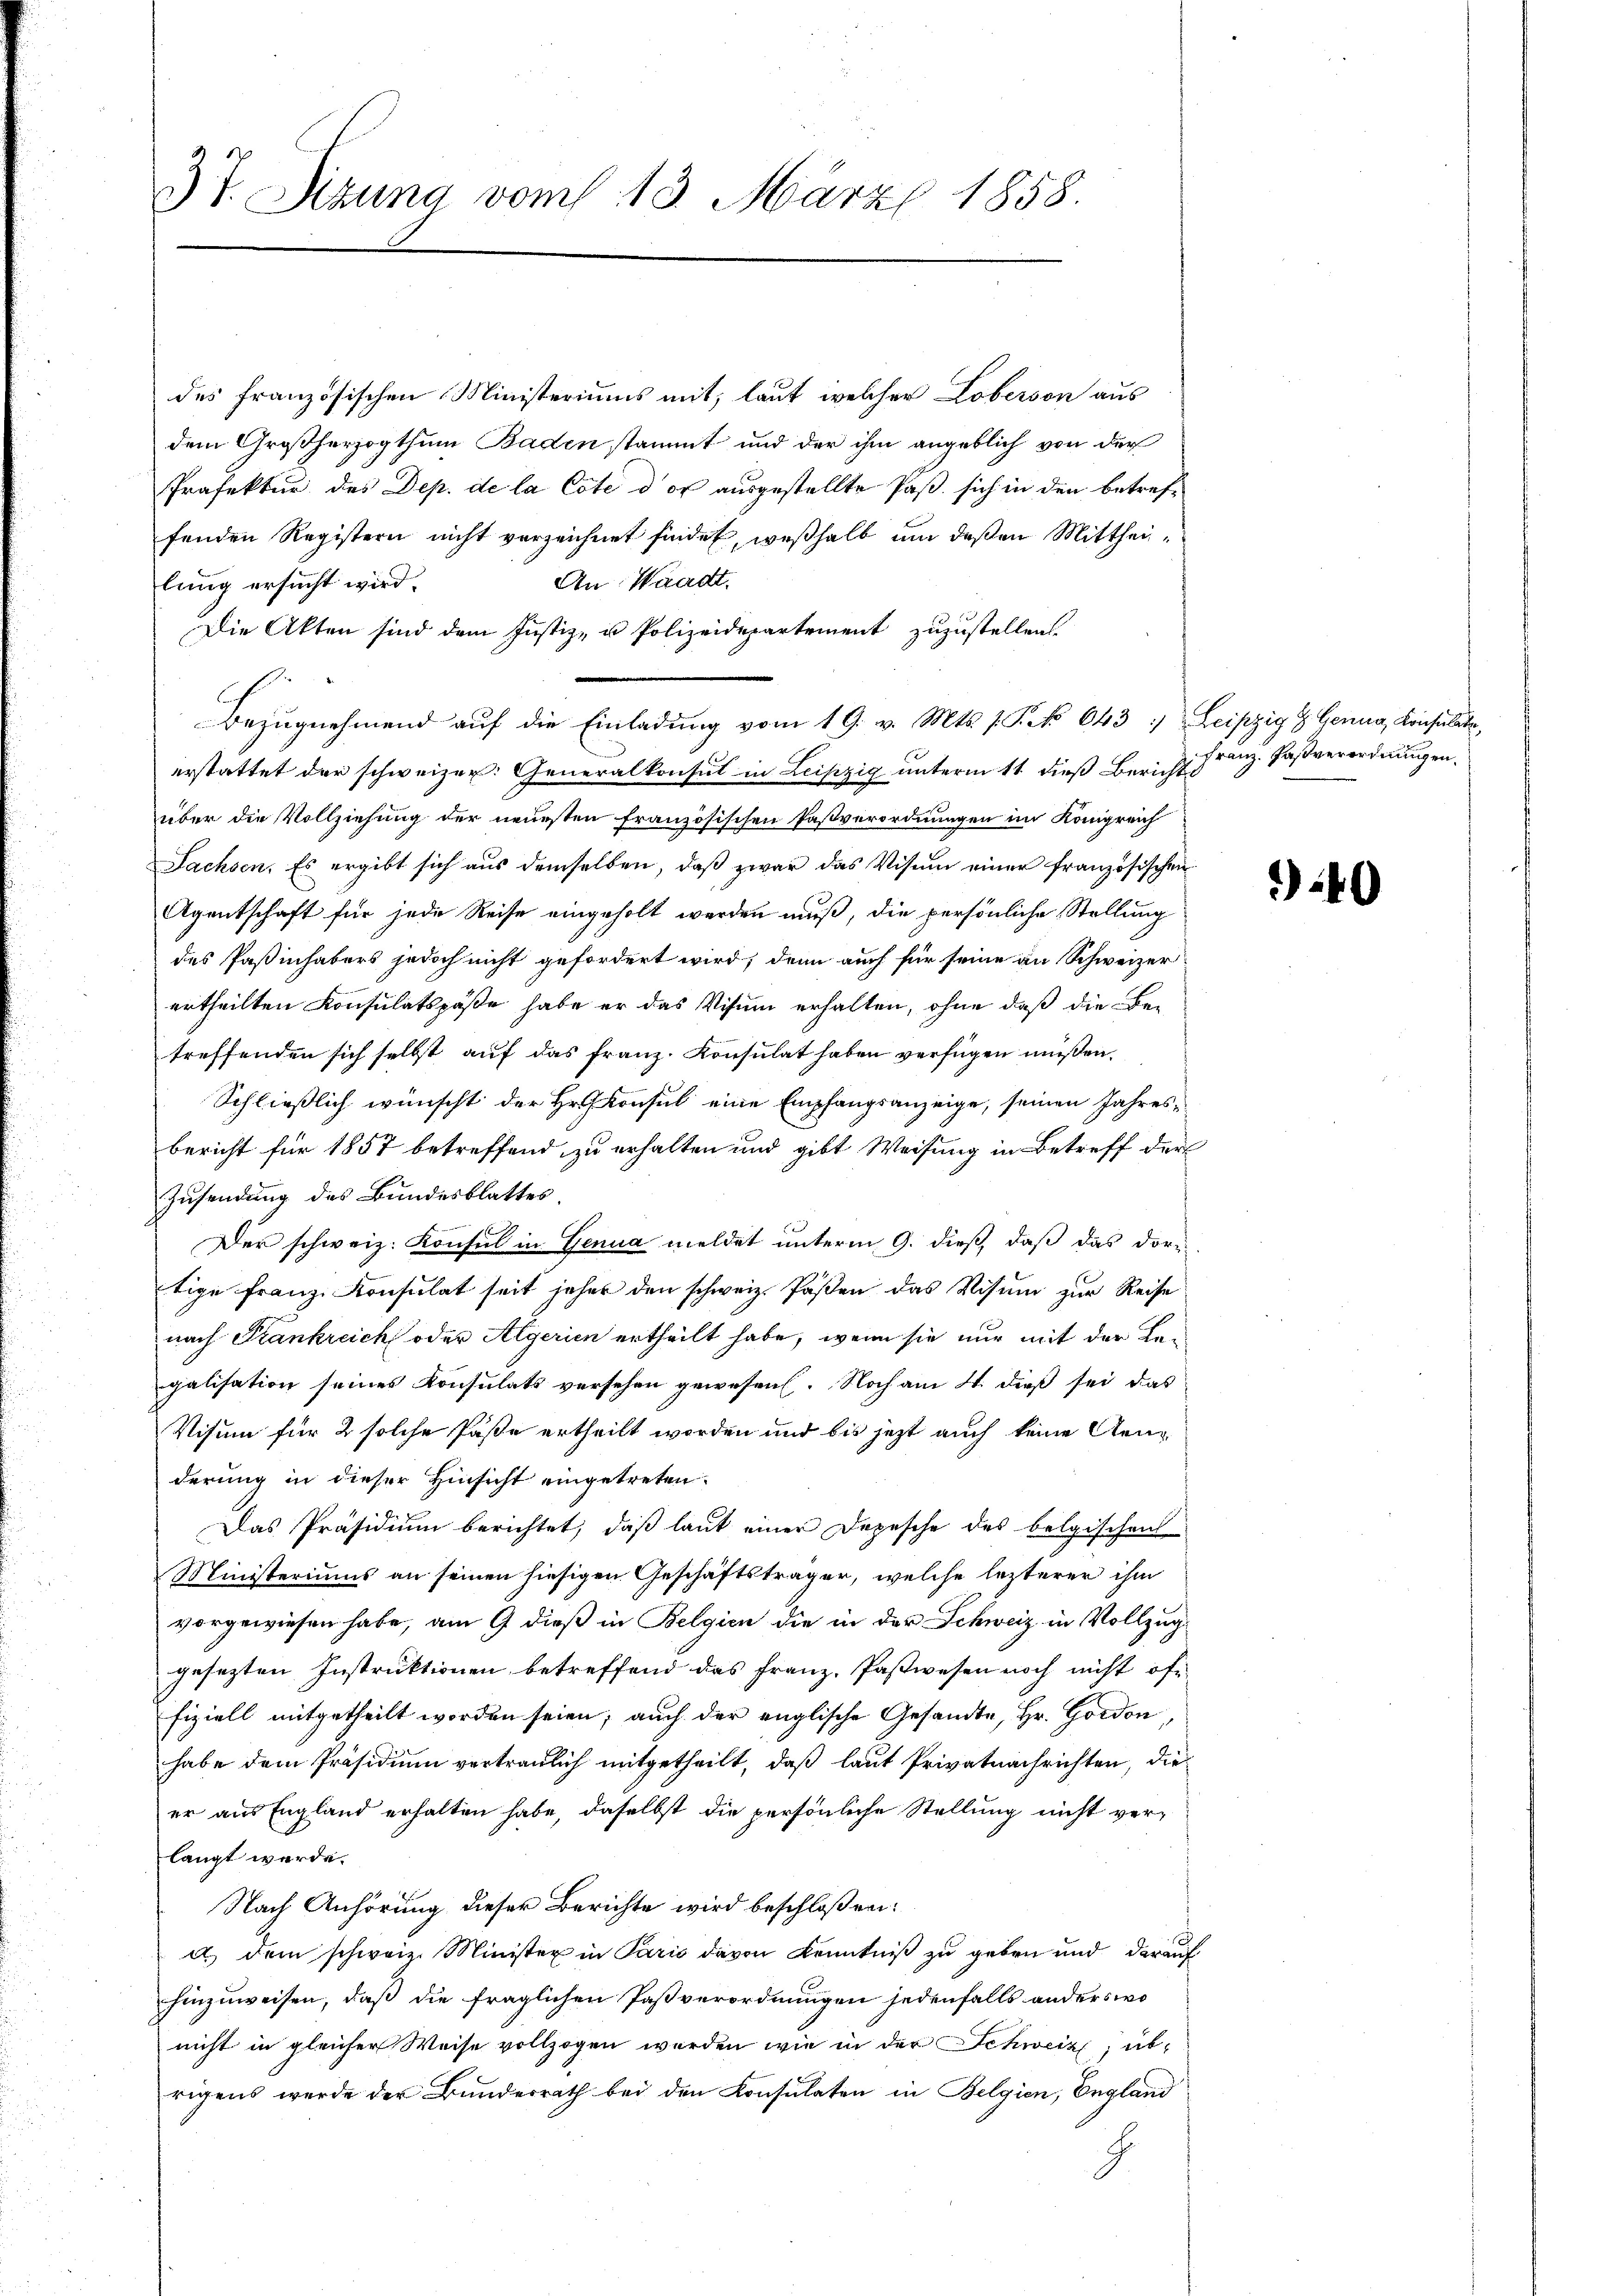
3t. Sizung vom 13. März 1858.

des französischen Ministeriums mit, laut, welcher Loberson aus
dem Großherzogthum Baden stammt und der ihm angeblich von der
Präfektur des Dep. de la Cote der ausgestellte Paß sich in den betreffenden Registern nicht verzeichnet findet, weßhalb um deßen Mitthei¬
An Waadt.
lung ersucht wird.
Die Akten sind dem Justiz- u Polizeidepartement zuzustellen.
Bezugnehmend auf die Einladung vom 19. v. Mts. 1. Frk. 643. Leipzig & Genua, Konsulte
erstattet der schweizer. Generalkonsul in Leipzig unterm 11. dieß Berichts
über die Vollziehung der neuesten französischen Pasverordnungen im Königreich
Sachsen. Es ergibt sich aus demselben, daß zwar das Visum einer französischen
Agentschaft für jede Reise eingeholt werden muß, die persönliche Stellung
des Paßinhabers jedoch nicht gefordert wird, denn auch für seine an Schweizer
ertheilten Konsulatspäße habe er das Visum erhalten, ohne daß die Betreffenden sich selbst auf das franz. Konsulat haben verfügen müßen.
Schließlich wünscht der Hr. Konsul eine Empfangsanzeige, seinen Jahresbericht für 1857 betreffend zu erhalten und gibt Weisung in Betreff der
Zusendung des Bundesblattes.
Der schweiz. Konsul in Genua meldet unterm 9. dieß, daß das dortige Franz-Konsulat seit jeher den schweiz. Posten das Visum zur Reise
nach Frankreich oder Algerien ertheilt habe, wenn sie nur mit der Legalisation seines Konsulats versehen gewesen. Noch am 4. dieß sei das
Visum für 2 solche Paste ertheilt worden und bis jetzt auch keine Aen
derung in dieser Hinsicht eingetreten.
Das Präsidium berichtet, daß laut einer Depesche des belgischens
Ministeriums an seinen hiesigen Geschäftsträger, welche lezterer ihm
vorgewiesen habe, am 9 dieß in Belgien die in der Schweiz in Vollzug
gesezten Instruktionen betreffend das Franz, Pastwesen noch nicht of
fiziell mitgetheilt worden seien; auch der englische Gesandte, Hr. Gordon,
habe dem Präsidium vertraulich mitgetheilt, daß laut Privatnachrichten, die
er aus England erhalten habe, daselbst die persönliche Stellung nicht verlangt werde.
Nach Anhörung dieser Berichte wird beschloßen:
d.) dem schweiz. Minister in Paris davon Kenntniß zu geben und darauf
hinzuweisen, daß die fraglichen Pastverordnungen jedenfalls anders wo
nicht in gleicher Weise vollzogen werden wie in der Schweiz, übrigens werde der Bundesrath bei den Konsulaten in Belgien, England
G

Franz. Fasverordnungen.

40